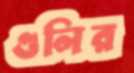
গুলির